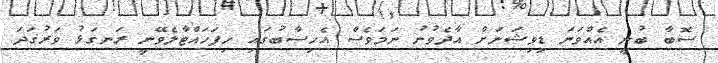
ސޮބާ ބުނީ އެއްވަނަ ޑިވިޝަނަށް އާދެވުނު ނަމަވެސް އެހިސާބުގައި ހިފަހައްޓާލެވޭނީ ރަނގަޅު ވަރުގަދަ